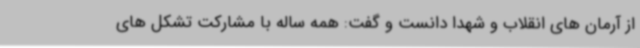
از آرمان های انقلاب و شهدا دانست و گفت: همه ساله با مشارکت تشکل های